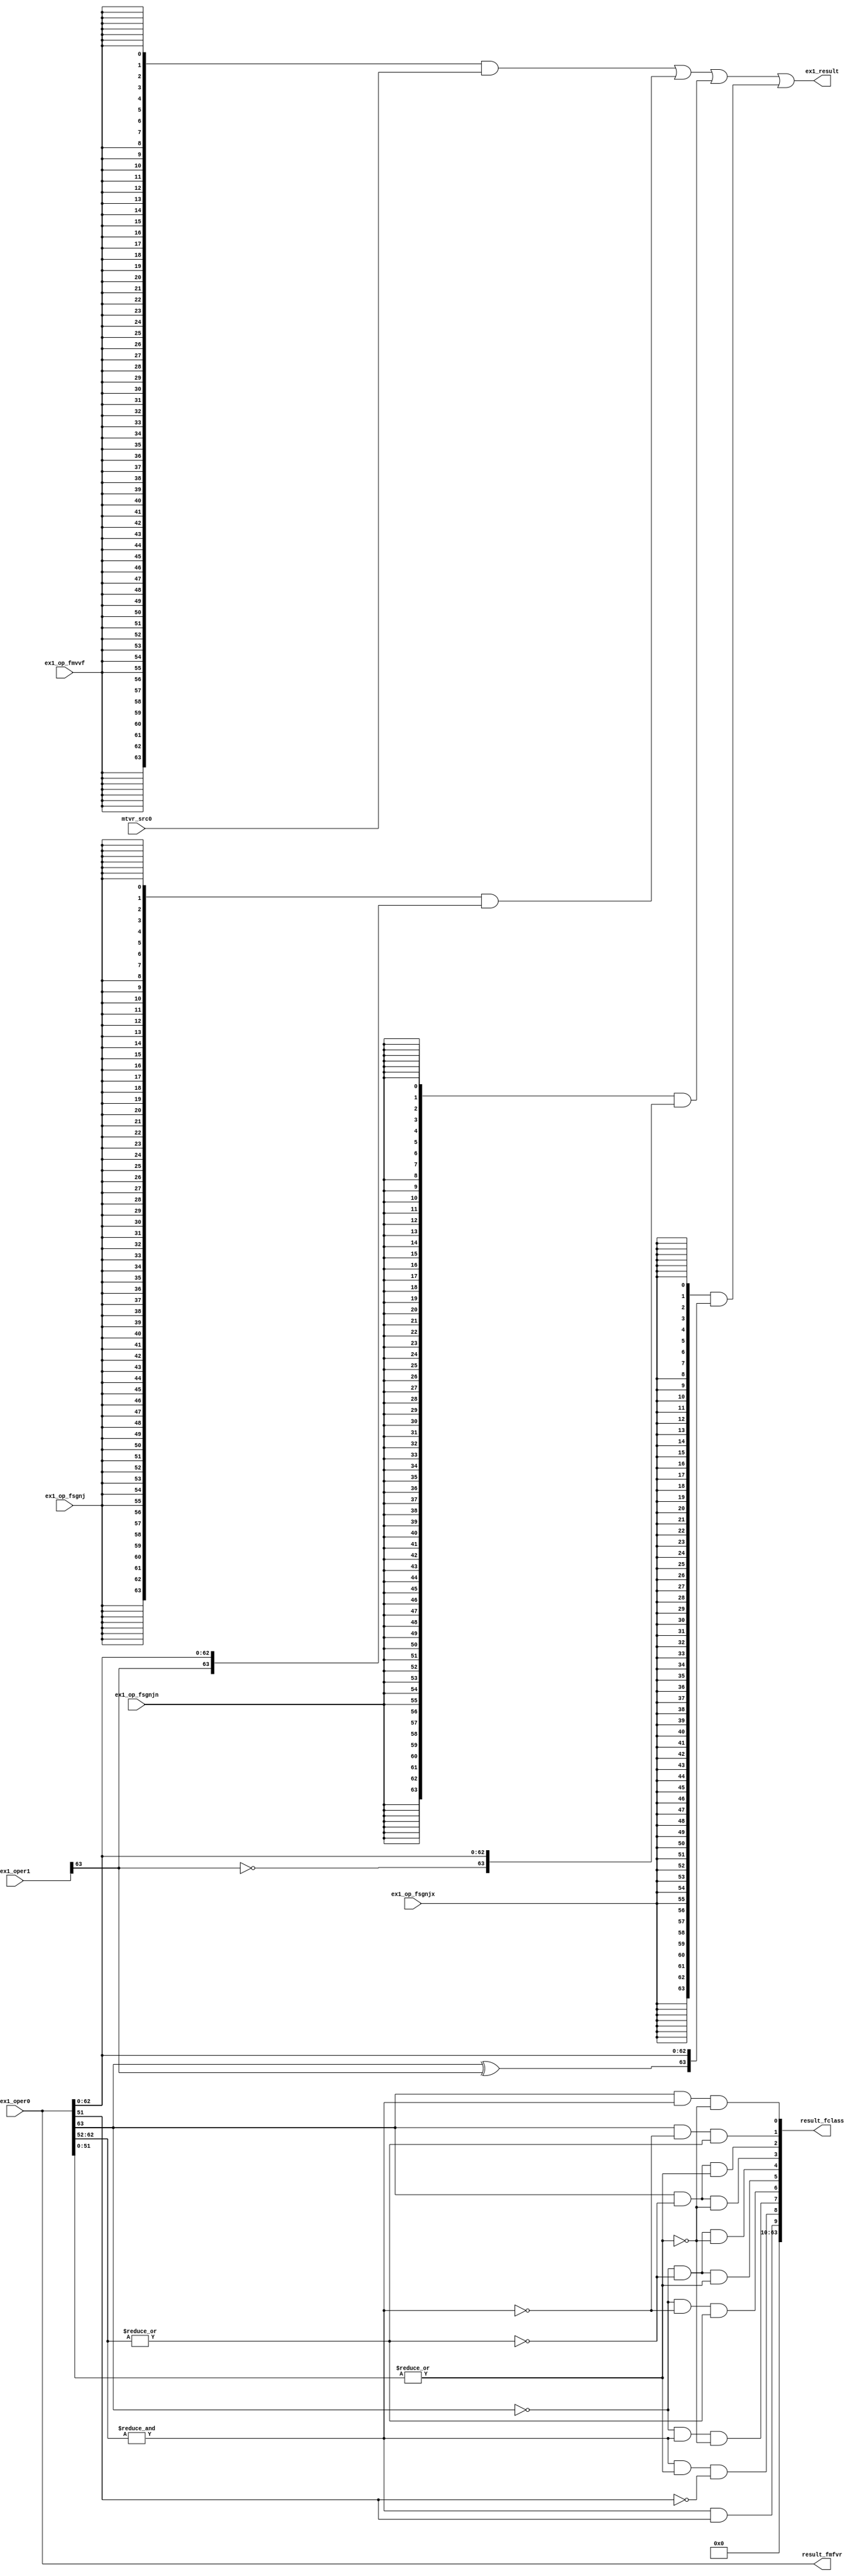
/*Copyright 2019-2021 T-Head Semiconductor Co., Ltd.

Licensed under the Apache License, Version 2.0 (the "License");
you may not use this file except in compliance with the License.
You may obtain a copy of the License at

    http://www.apache.org/licenses/LICENSE-2.0

Unless required by applicable law or agreed to in writing, software
distributed under the License is distributed on an "AS IS" BASIS,
WITHOUT WARRANTIES OR CONDITIONS OF ANY KIND, either express or implied.
See the License for the specific language governing permissions and
limitations under the License.
*/

// &ModuleBeg; @19
module ct_fspu_double(
  ex1_op_fmvvf,
  ex1_op_fsgnj,
  ex1_op_fsgnjn,
  ex1_op_fsgnjx,
  ex1_oper0,
  ex1_oper1,
  ex1_result,
  mtvr_src0,
  result_fclass,
  result_fmfvr
);

// &Ports; @20
input           ex1_op_fmvvf;        
input           ex1_op_fsgnj;        
input           ex1_op_fsgnjn;       
input           ex1_op_fsgnjx;       
input   [63:0]  ex1_oper0;           
input   [63:0]  ex1_oper1;           
input   [63:0]  mtvr_src0;           
output  [63:0]  ex1_result;          
output  [63:0]  result_fclass;       
output  [63:0]  result_fmfvr;        

// &Regs; @21

// &Wires; @22
wire            ex1_doub_expnt0_max; 
wire            ex1_doub_expnt0_zero; 
wire            ex1_doub_frac0_all0; 
wire            ex1_doub_frac0_msb;  
wire            ex1_doub_neg_dn;     
wire            ex1_doub_neg_inf;    
wire            ex1_doub_neg_nm;     
wire            ex1_doub_neg_zero;   
wire            ex1_doub_op0_sign;   
wire            ex1_doub_pos_dn;     
wire            ex1_doub_pos_inf;    
wire            ex1_doub_pos_nm;     
wire            ex1_doub_pos_zero;   
wire            ex1_doub_qnan;       
wire            ex1_doub_snan;       
wire            ex1_op_fmvvf;        
wire            ex1_op_fsgnj;        
wire            ex1_op_fsgnjn;       
wire            ex1_op_fsgnjx;       
wire    [63:0]  ex1_oper0;           
wire    [63:0]  ex1_oper1;           
wire    [63:0]  ex1_result;          
wire    [63:0]  mtvr_src0;           
wire    [63:0]  result_fclass;       
wire    [63:0]  result_fclassd;      
wire    [63:0]  result_fmfvr;        
wire    [63:0]  result_fmfvrd;       
wire    [63:0]  result_fmtvrd;       
wire    [63:0]  result_fsgnjd;       
wire    [63:0]  result_fsgnjnd;      
wire    [63:0]  result_fsgnjxd;      

// &Force("bus","ex1_oper1",63,0); @23
//Sign bit prepare
assign ex1_doub_op0_sign      = ex1_oper0[63];

//exponent max
assign ex1_doub_expnt0_max    = &ex1_oper0[62:52];

//exponent zero
assign ex1_doub_expnt0_zero   = ~|ex1_oper0[62:52];

//fraction zero
assign ex1_doub_frac0_all0    = ~|ex1_oper0[51:0];

//freaction msb
assign ex1_doub_frac0_msb     = ex1_oper0[51];


//FCLASS.D 
assign ex1_doub_neg_inf  = ex1_doub_op0_sign   && ex1_doub_expnt0_max  && ex1_doub_frac0_all0;
assign ex1_doub_neg_nm   = ex1_doub_op0_sign   && !ex1_doub_expnt0_max && !ex1_doub_expnt0_zero;
assign ex1_doub_neg_dn   = ex1_doub_op0_sign   && ex1_doub_expnt0_zero && !ex1_doub_frac0_all0;
assign ex1_doub_neg_zero = ex1_doub_op0_sign   && ex1_doub_expnt0_zero && ex1_doub_frac0_all0;
assign ex1_doub_pos_zero = !ex1_doub_op0_sign  && ex1_doub_expnt0_zero && ex1_doub_frac0_all0;
assign ex1_doub_pos_dn   = !ex1_doub_op0_sign  && ex1_doub_expnt0_zero && !ex1_doub_frac0_all0; 
assign ex1_doub_pos_nm   = !ex1_doub_op0_sign  && !ex1_doub_expnt0_max && !ex1_doub_expnt0_zero;
assign ex1_doub_pos_inf  = !ex1_doub_op0_sign  && ex1_doub_expnt0_max  && ex1_doub_frac0_all0;
assign ex1_doub_snan     = ex1_doub_expnt0_max && !ex1_doub_frac0_all0 && !ex1_doub_frac0_msb;
assign ex1_doub_qnan     = ex1_doub_expnt0_max && ex1_doub_frac0_msb;
assign result_fclassd[63:0] = {
                               54'b0,
                               ex1_doub_qnan,
                               ex1_doub_snan,
                               ex1_doub_pos_inf,
                               ex1_doub_pos_nm,
                               ex1_doub_pos_dn,
                               ex1_doub_pos_zero,
                               ex1_doub_neg_zero,
                               ex1_doub_neg_dn,
                               ex1_doub_neg_nm,
                               ex1_doub_neg_inf
                              };


//FSGNJX.D
assign result_fsgnjxd[63:0] = {ex1_oper0[63]^ex1_oper1[63],ex1_oper0[62:0]};


//FSGNJN.D:
assign result_fsgnjnd[63:0] = {~ex1_oper1[63],ex1_oper0[62:0]};


//FSGNJ.D
assign result_fsgnjd[63:0]  = {ex1_oper1[63],ex1_oper0[62:0]};

//FMV.D.X
assign result_fmtvrd[63:0]  = mtvr_src0[63:0];


//FMV.X.D
assign result_fmfvrd[63:0]  = ex1_oper0[63:0];


assign result_fmfvr[63:0]   = result_fmfvrd[63:0];

assign result_fclass[63:0]  = result_fclassd[63:0];

//Final Result
assign ex1_result[63:0] = {64{ex1_op_fmvvf}}        & result_fmtvrd[63:0]  | 
                          {64{ex1_op_fsgnj}}       & result_fsgnjd[63:0]  | 
                          {64{ex1_op_fsgnjn}}      & result_fsgnjnd[63:0] | 
                          {64{ex1_op_fsgnjx}}      & result_fsgnjxd[63:0]; 

// &ModuleEnd; @95
endmodule